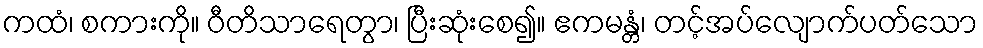
ကထံ၊ စကားကို။ ဝီတိသာရေတွာ၊ ပြီးဆုံးစေ၍။ ဧကမန္တံ၊ တင့်အပ်လျောက်ပတ်သော